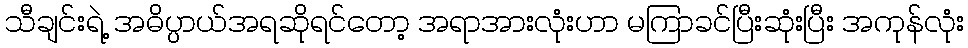
သီချင်းရဲ့ အဓိပ္ပာယ်အရဆိုရင်တော့ အရာအားလုံးဟာ မကြာခင်ပြီးဆုံးပြီး အကုန်လုံး